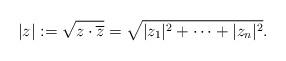
LaTeX: \begin{align*}|z|:= \sqrt{z\cdot\overline{z}} = \sqrt{|z_1|^2+\cdots+|z_n|^2}.\end{align*}